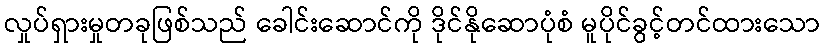
လှုပ်ရှားမှုတခုဖြစ်သည် ခေါင်းဆောင်ကို ဒိုင်နိုဆောပုံစံ မူပိုင်ခွင့်တင်ထားသော